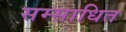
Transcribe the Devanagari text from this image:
सम्साधित